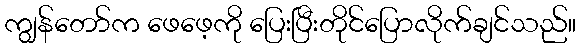
ကျွန်တော်က ဖေဖေ့ကို ပြေးပြီးတိုင်ပြောလိုက်ချင်သည်။